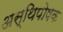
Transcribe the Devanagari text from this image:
अस्थिपोषक